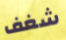
شغف